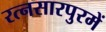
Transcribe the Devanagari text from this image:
रत्नसारपुरमें